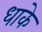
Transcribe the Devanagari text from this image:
धाके